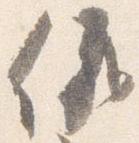
儀